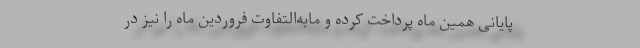
پایانی همین ماه پرداخت کرده و مابه‌التفاوت فروردین ماه را نیز در